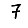
Digit: 7